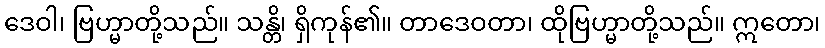
ဒေဝါ၊ ဗြဟ္မာတို့သည်။ သန္တိ၊ ရှိကုန်၏။ တာဒေဝတာ၊ ထိုဗြဟ္မာတို့သည်။ ဣတော၊